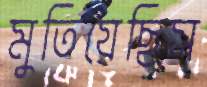
মুতিয়েছিস